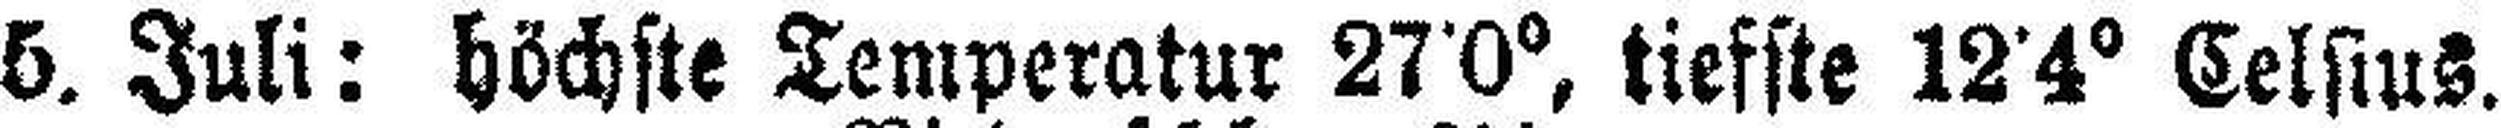
5. Juli: höchste Temperatur 27•0°, tiefste 12•4° Celsius.